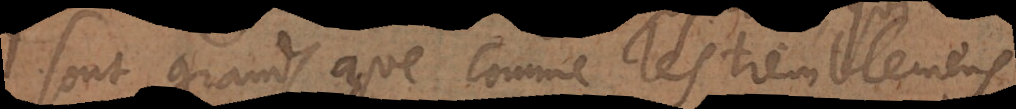
sont grands que comme les tremblemens